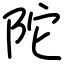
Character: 陀